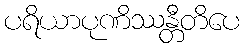
ပရိယာပုဏိဿန္တီတိပေ